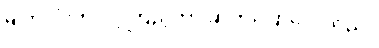
မျက်လုံးကို ဝင့်ကြည့်ကာ ဆက်ပြောလေသည်။